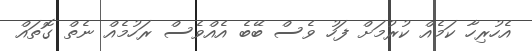
އެހުރިހާ ކަމެއް ކުރުމަށް ފަހު ވެސް ބޭބެ އެއްވެސް ރަހުމެއް ނެތް ގޮތައް